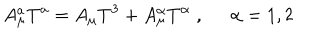
LaTeX: A _ { \mu } ^ { a } T ^ { a } = A _ { \mu } T ^ { 3 } + A _ { \mu } ^ { \alpha } T ^ { \alpha } \; , \; \; \alpha = 1 , 2